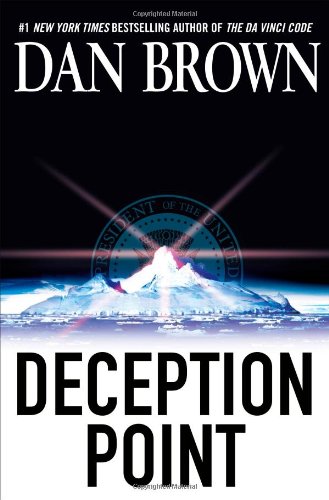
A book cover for Deception Point; Dan Brown; Mystery, Thriller & Suspense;